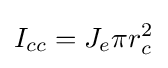
I_{cc}=J_{e}\pi r_{c}^{2}